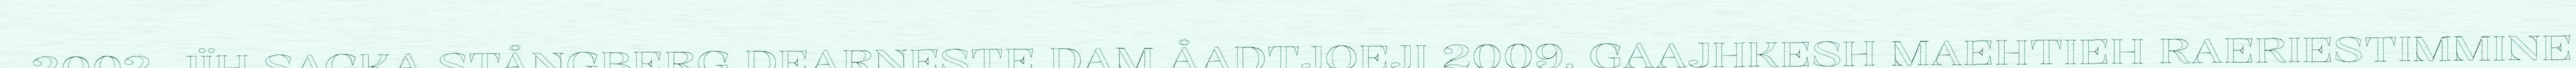
2002, JÏH SAGKA STÅNGBERG DEARNESTE DAM ÅADTJOEJI 2009. GAAJHKESH MAEHTIEH RAERIESTIMMINE